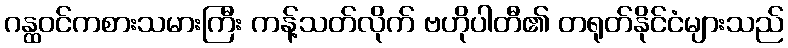
ဂန္ထဝင်ကစားသမားကြီး ကန့်သတ်လိုက် ဗဟိုပါတီ၏ တရုတ်နိုင်ငံများသည်